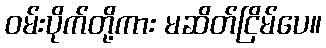
ဝမ်းပိုက်တို့ကား မဆိတ်ငြိမ်ပေ။